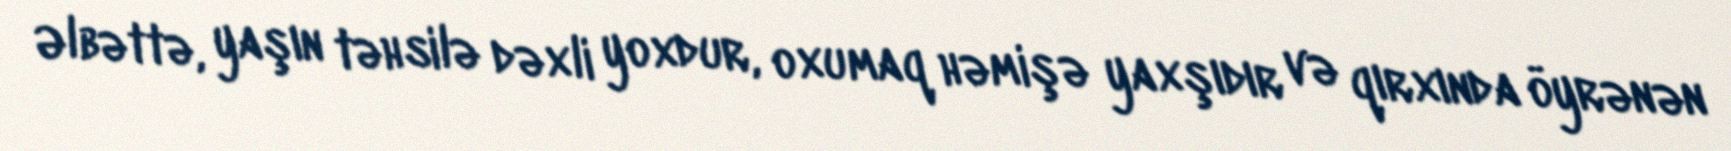
Əlbəttə, yaşın təhsilə dəxli yoxdur, oxumaq həmişə yaxşıdır və qırxında öyrənən